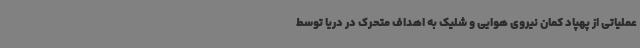
عملیاتی از پهپاد کمان نیروی هوایی و شلیک به اهداف متحرک در دریا توسط